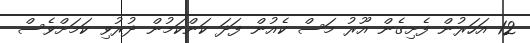
12 އަހަރުން ފެށިގެން އޫރު މަސް ކެއުން ފަދަ ކަންކަމުން ދުރުވި ކަމަށްވެސް